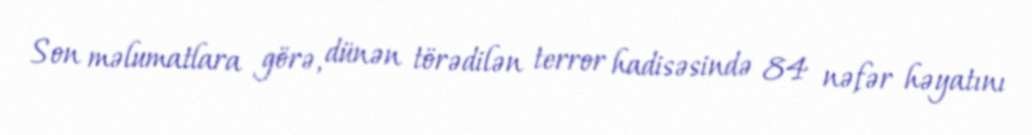
Son məlumatlara görə, dünən törədilən terror hadisəsində 84 nəfər həyatını